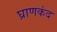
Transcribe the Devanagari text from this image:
घ्राणकंद